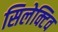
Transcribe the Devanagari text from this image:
सिलेक्टिव